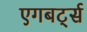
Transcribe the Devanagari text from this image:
एगबर्ट्स